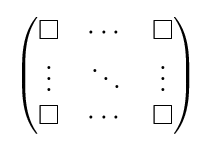
{\begin{pmatrix}\Box &\cdots &\Box \\\vdots &\ddots &\vdots \\\Box &\cdots &\Box \end{pmatrix}}